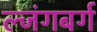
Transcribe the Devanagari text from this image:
ल्जंगबर्ग